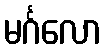
မင်္ဂလော